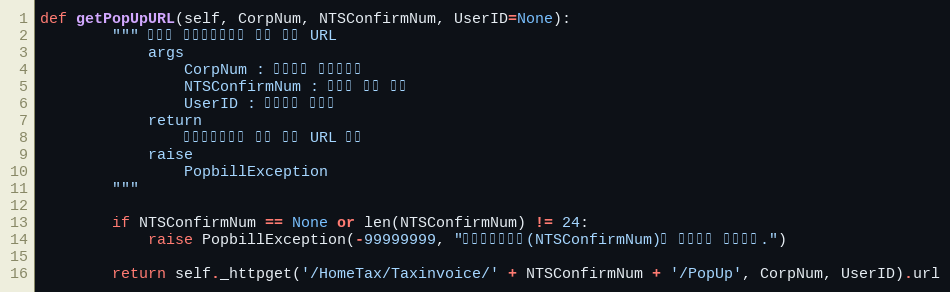
Language: Python
def getPopUpURL(self, CorpNum, NTSConfirmNum, UserID=None):
        """ 홈택스 전자세금계산서 보기 팝업 URL
            args
                CorpNum : 팝빌회원 사업자번호
                NTSConfirmNum : 국세청 승인 번호
                UserID : 팝빌회원 아이디
            return
                전자세금계산서 보기 팝업 URL 반환
            raise
                PopbillException
        """

        if NTSConfirmNum == None or len(NTSConfirmNum) != 24:
            raise PopbillException(-99999999, "국세청승인번호(NTSConfirmNum)가 올바르지 않습니다.")

        return self._httpget('/HomeTax/Taxinvoice/' + NTSConfirmNum + '/PopUp', CorpNum, UserID).url